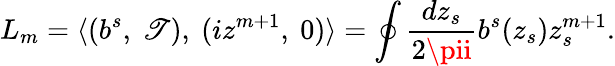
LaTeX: L_{m}=\langle(b^{s},\ \mathscr{T}),\ (iz^{m+1},\ 0)\rangle=\oint\frac{{dz_{s}}}{{2\pii}}b^{s}(z_{s})z_{s}^{m+1}.